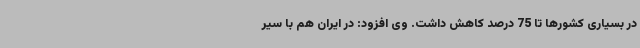
در بسیاری کشورها تا 75 درصد کاهش داشت. وی افزود: در ایران هم با سیر